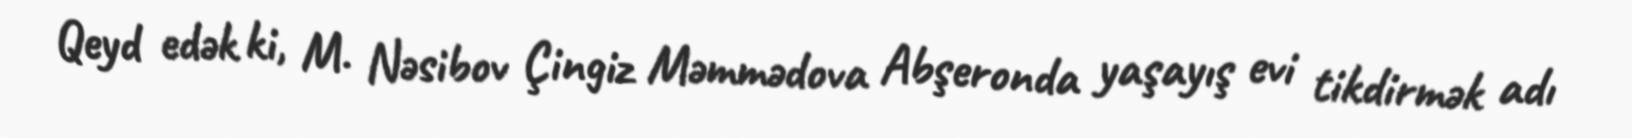
Qeyd edək ki, M. Nəsibov Çingiz Məmmədova Abşeronda yaşayış evi tikdirmək adı